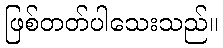
ဖြစ်တတ်ပါသေးသည်။